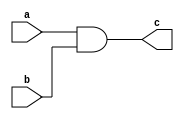
//This is for and logic.

module and_logic(a, b, c);
input a, b;
output c;
assign c = a & b;
endmodule